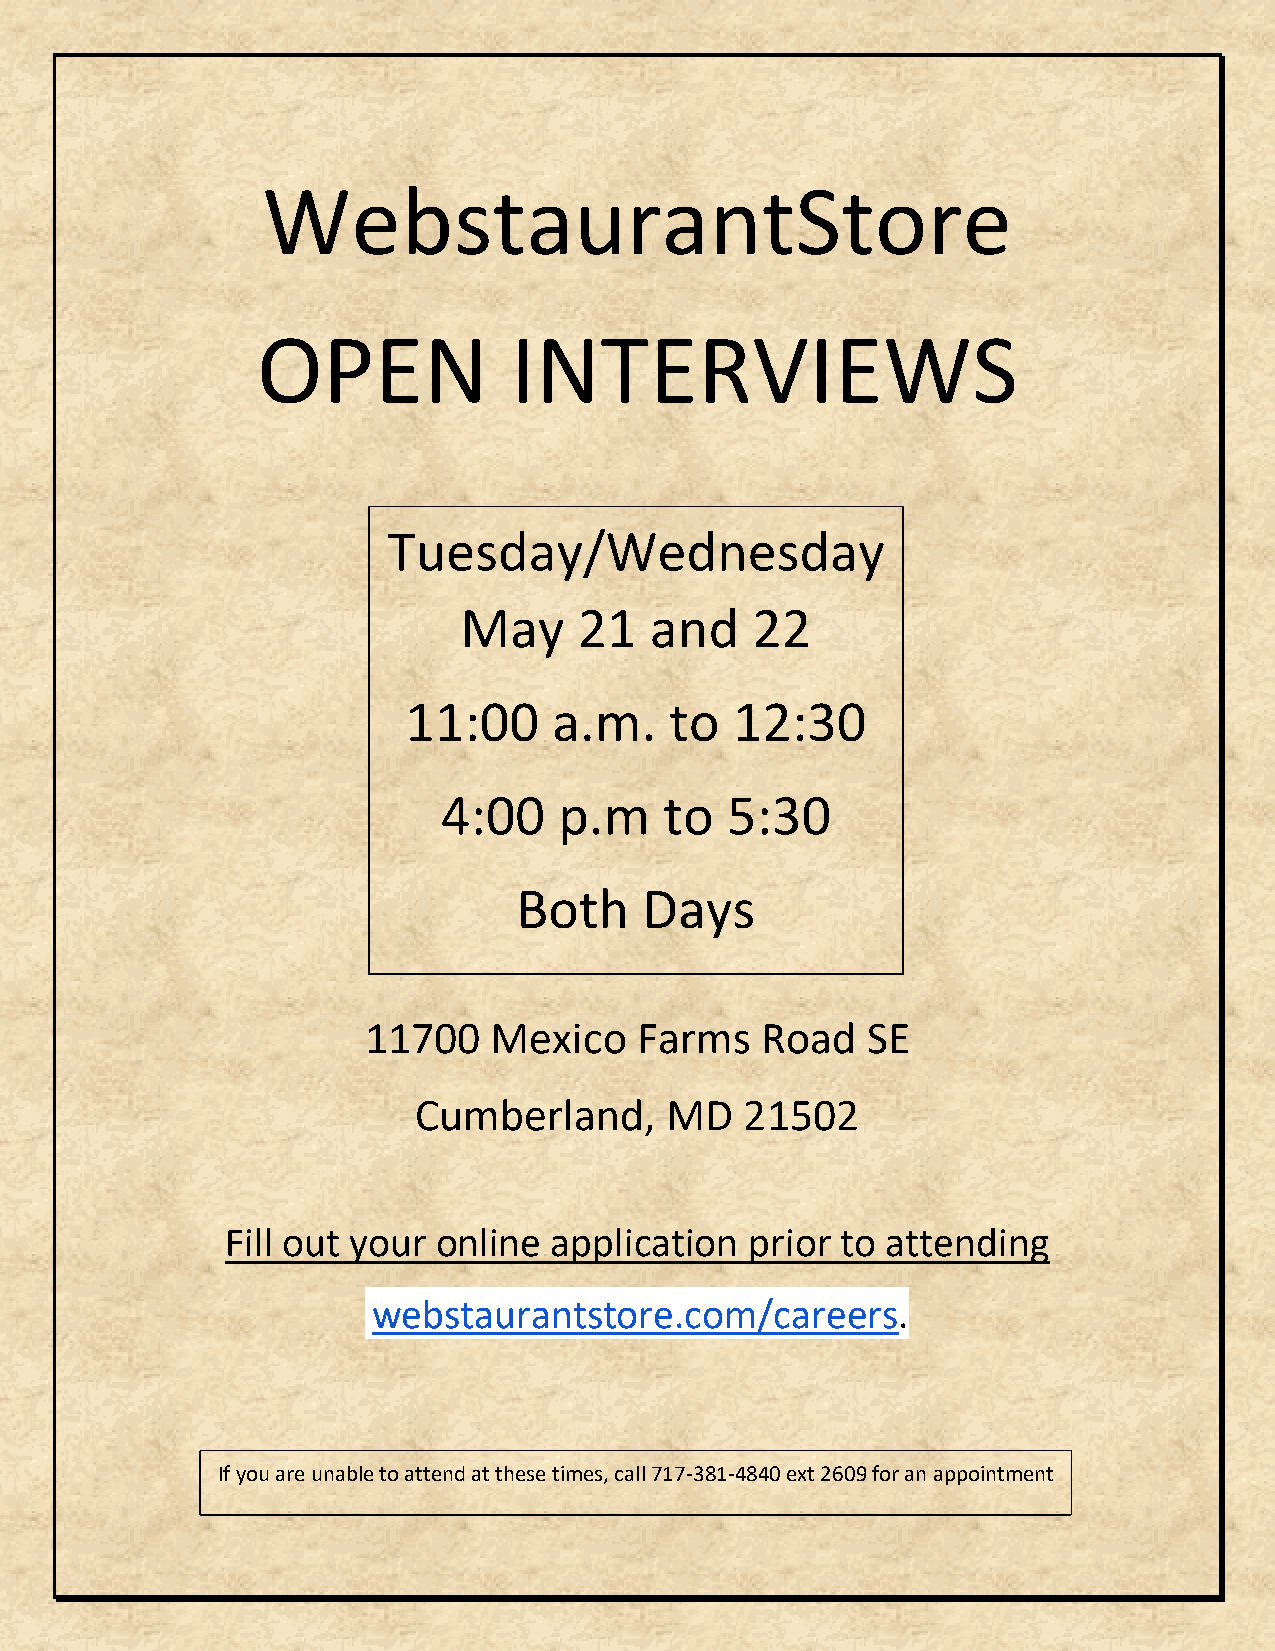
WebstaurantStore
 OPEN             INTERVIEWS
 Tuesday/Wednesday
 May     21   and    22
 11:00     a.m.   to   12:30
 4:00    p.m    to  5:30
 Both     Days
 11700    Mexico   Farms   Road   SE
 Cumberland,      MD   21502
 Fill out your online  application  prior to attending
 webstaurantstore.com/careers.
 If you are unable to attend at these times, call 717-381-4840 ext 2609 for an appointment